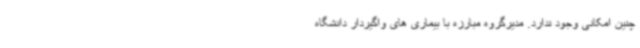
چنین امکانی وجود ندارد. مدیرگروه مبارزه با بیماری های واگیردار دانشگاه